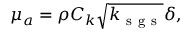
\begin{array} { r } { \mu _ { a } = \rho C _ { k } \sqrt { k _ { \mathrm { ~ s ~ g ~ s ~ } } } \delta , } \end{array}